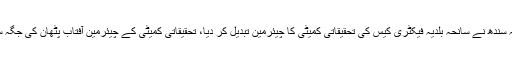
2015ء) محکمہ داخلہ سندھ نے سانحہ بلدیہ فیکٹری کیس کی تحقیقاتی کمیٹی کا چیئرمین تبدیل کر دیا، تحقیقاتی کمیٹی کے چیئرمین آفتاب پٹھان کی جگہ سلطان خواجہ ہوں گے۔